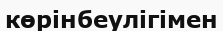
көрінбеулігімен